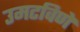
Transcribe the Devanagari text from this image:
उमटविणे